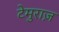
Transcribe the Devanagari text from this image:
टेमुराज़